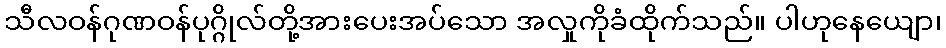
သီလဝန်ဂုဏဝန်ပုဂ္ဂိုလ်တို့အားပေးအပ်သော အလှုကိုခံထိုက်သည်။ ပါဟုနေယျော၊